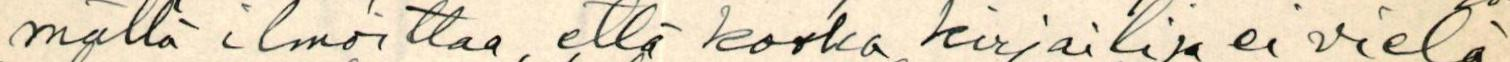
mällä ilmoittaa, että koska kirjailija ei vielä